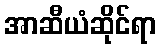
အာဆီယံဆိုင်ရာ